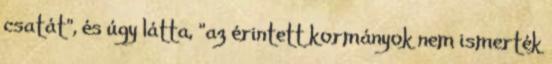
csatát", és úgy látta, "az érintett kormányok nem ismerték